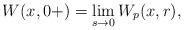
LaTeX: \begin{align*}W(x,0+) = \lim_{s\rightarrow 0}W_p(x,r),\end{align*}